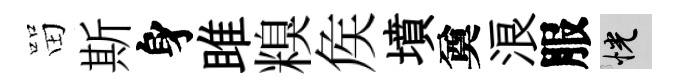
㽞斯身雎糗矦墳奠浪服恍